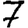
Digit: 7